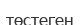
төстеген